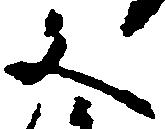
文